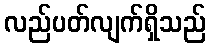
လည်ပတ်လျက်ရှိသည်